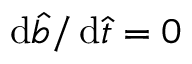
\mathrm { d } \hat { b } / \, \mathrm { d } \hat { t } = 0